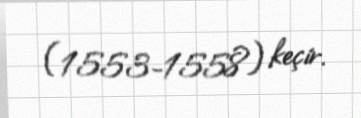
(1553-1558) keçir.